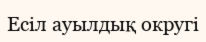
Есіл ауылдық округі